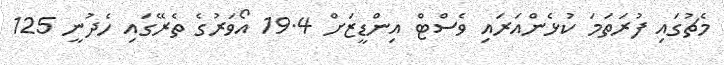
މެޗުގައި ފުރަތަމަ ކުޅެންއަރައި ވެސްޓް އިންޑީޒަށް 19.4 އޯވަރުގެ ތެރޭގައި ހެދުނީ 125